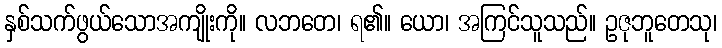
နှစ်သက်ဖွယ်သောအကျိုးကို။ လဘတေ၊ ရ၏။ ယော၊ အကြင်သူသည်။ ဥဇုဘူတေသု၊